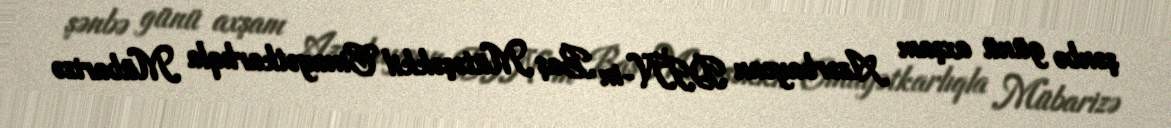
şənbə günü axşam Azərbaycan DİN-in Baş Mütəşəkkil Cinayətkarlıqla Mübarizə